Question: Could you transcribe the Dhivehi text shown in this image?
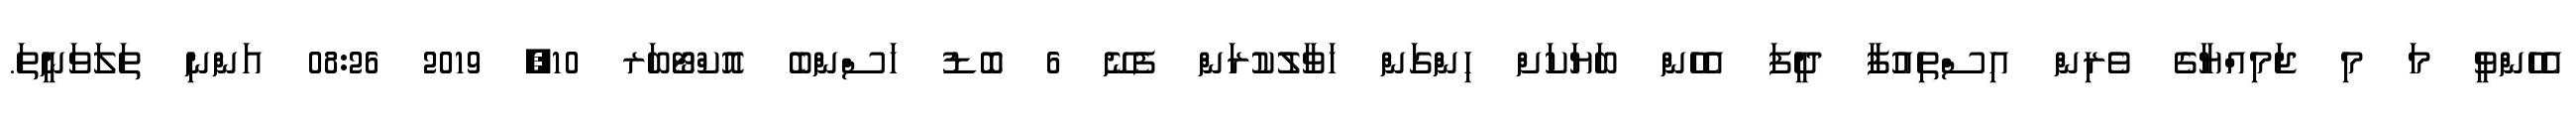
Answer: އެހެންވީ މަ މި ޖަމިއްޔާގެ ވެރިން އިސްތިއުފާ ދީފަ އެހެން ބަޔަކަށް ހިންްގަން ހަވާލުކުރަން ފެނޭ 6 ބޮޑު ހަސްންބެ އޮކްޓޯބަރ 10, 2019 08:26 އަންނި ތަލަވަނީތަ.